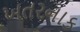
ખતરનાક